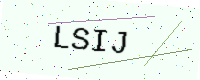
Text: LSIJ